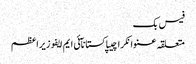
فیس بک
متعلقہ عنوانکراچیپاکستانآئی ایم ایفوزیراعظم